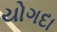
યોગદા